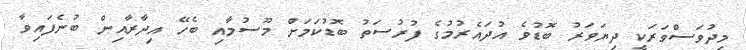
މިދުވަސްވަރަކީ ދިޔަވަރު ބޮޑުވެ އުދައެރުމުގެ ފުރުސަތު ބޮޑުކަމަށް މޫސުމާއި ބެހޭ އިދާރާއިން ބުނެފައިވާ